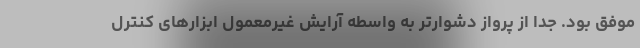
موفق بود. جدا از پرواز دشوارتر به واسطه آرایش غیرمعمول ابزارهای کنترل